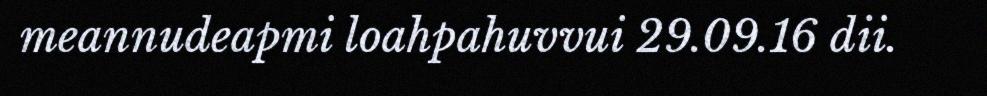
meannudeapmi loahpahuvvui 29.09.16 dii.